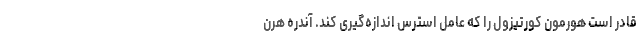
قادر است هورمون کورتیزول را که عامل استرس اندازه‌گیری کند. آندره هرن